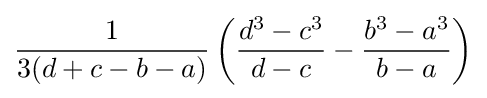
{\frac {1}{3(d+c-b-a)}}\left({\frac {d^{3}-c^{3}}{d-c}}-{\frac {b^{3}-a^{3}}{b-a}}\right)